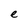
Character: e